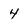
Character: 4